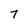
Character: 7